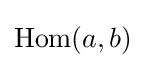
\operatorname {Hom} (a,b)